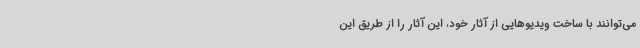
می‌توانند با ساخت ویدیوهایی از آثار خود، این آثار را از طریق این